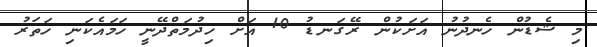
މި ޝެޑުން ހެނދުނު އަށަކުން ރޭގަނޑު 10 އަށް ހިދުމަތްދޭނީ ހަމައެކަނި ހަތަރު